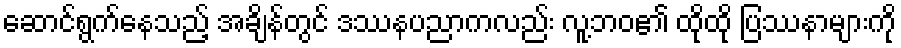
ဆောင်ရွက်နေသည့် အချိန်တွင် ဒဿနပညာကလည်း လူ့ဘဝ၏ ထိုထို ပြဿနာများကို